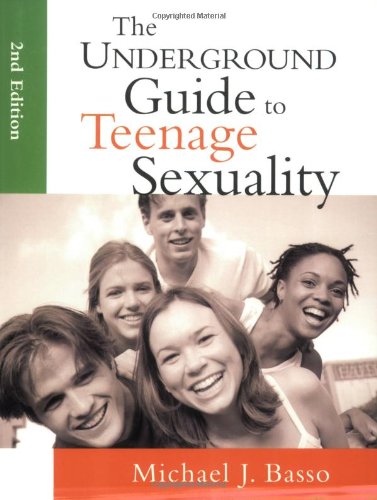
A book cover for The Underground Guide to Teenage Sexuality; Michael J. Basso; Teen & Young Adult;